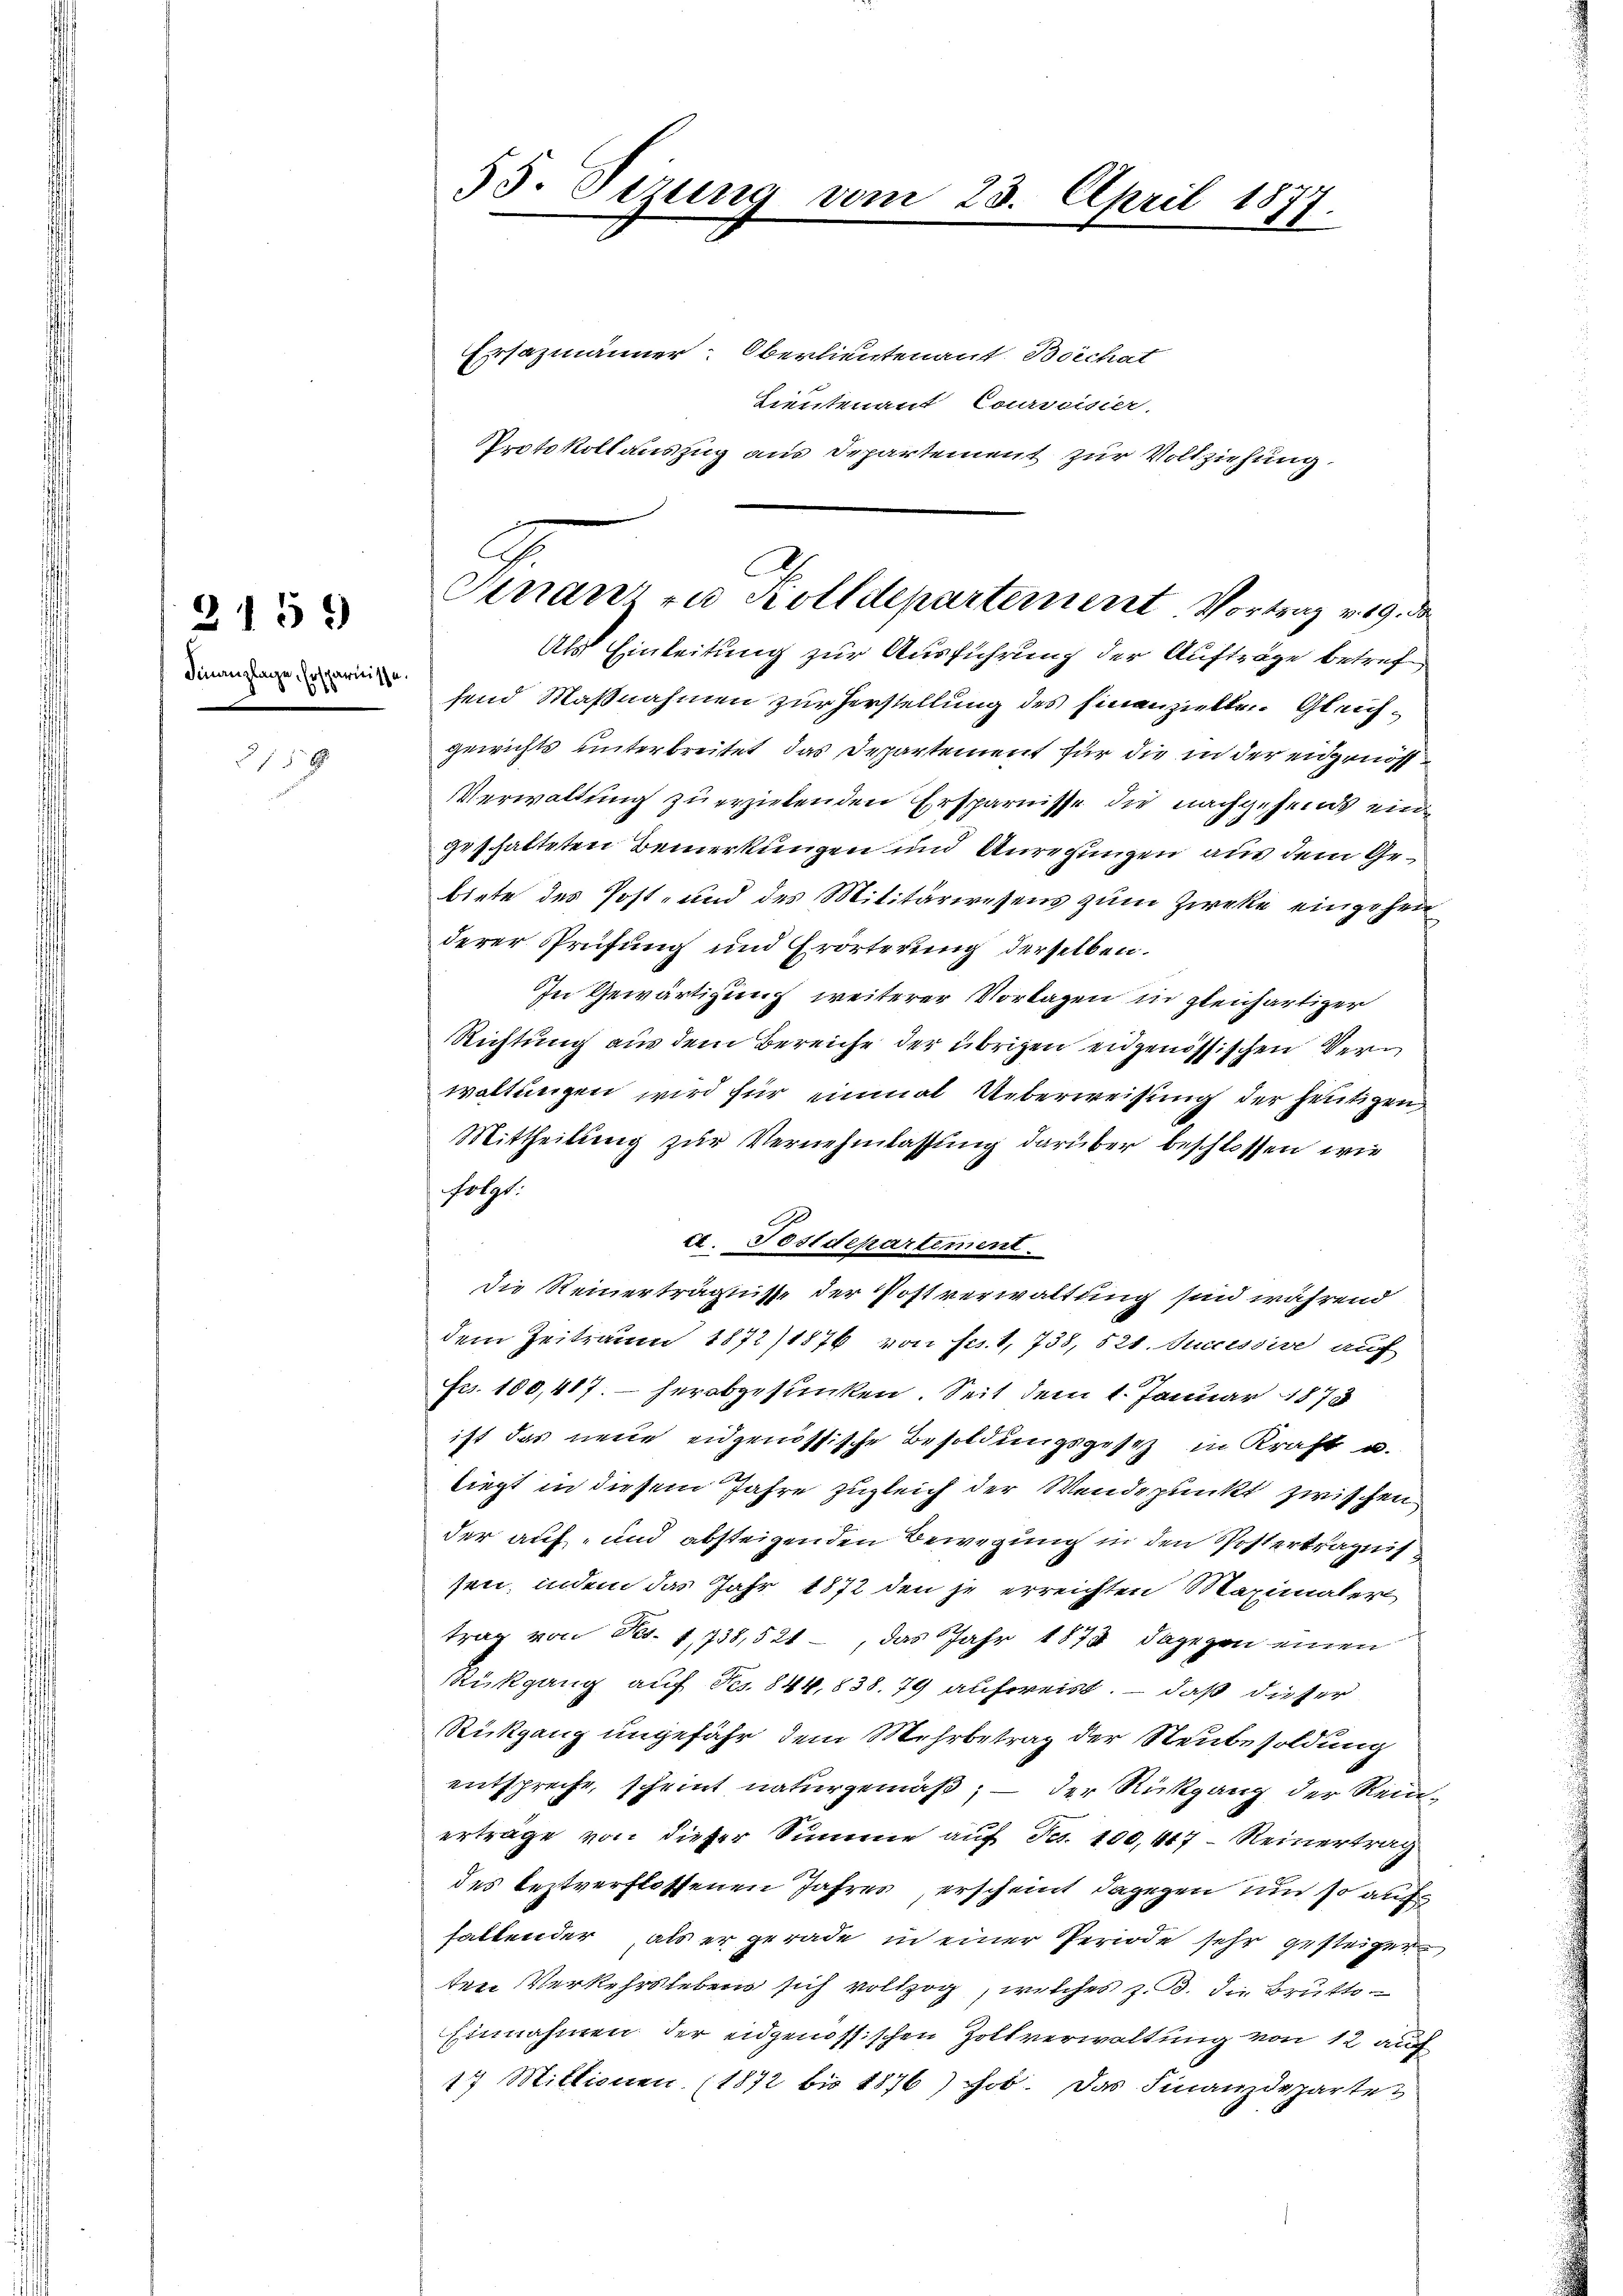
Finanzlage, Ersparnisse.

2139

5 f 5 x

55. Sirung vom 23. April 1877
e
Ersazmänner Oberlieutenant Boichat
Lieutenant Courweiser.

Finanz zu Zolldepartement Vortrag v. 19. de
Als Einleitung zur Ausführung der Aufträge betref

Protokollauszug aus Departement zur Vollziehung

send Maßnahmen zur Herstellung des hinanzielle. Gleichgewichts unterbreitet das Departement für die in der eidgenös¬
Verwaltung zu erziehenden Ersparnisse die nachgeheint eingeschalteten Bemerkungen und Anregungen aus dem Gebiete des Post- und des Militärwesens zum Zieke eingehen
derer Prüfung und Erörterung derselben.
In Gewärtigung weiterer Vorlagen in gleichartiger
Richtung aus dem Bereiche der übrigen eidgenössischen Verm
waltungen wird für einmal Ueberweisung der heutigen
Mittheilung zur Vernehmlassung darüber beschlossen wir
folgt.
ct. Postdepartiment.
die Reinerträgnisse der Postverwaltung sind während
dem Zeitraum 1872/1876 von Frs. 1, 738, 521. Jucissive auf
Fr. 100,417. herabgesunken. Seit dem 1. Januar 1873
ist das neue eidgenössische Besoldungsgesetz in Kraft u.
liegt in diesem Jahre zugleich der Wendepunkt zwischen.
der auf- und absteigenden Bewegung in den Posterträgnis
sen, indem das Jahr 1872 den je erreichten Maximaler
trag von Nes. 1,738,521, das Jahr 1874 dagegen einen
Rükgang auf Nr. 844, 838. 79 aufweist, – daß dieser
Rückgang ungefähr dem Mehrbetrag der Neubesoldung
entspreche, scheint naturgemäß, — der Rückgang der Reinertrage von dieser Summe auf Fr. 100,447 - Reinertrag
des leztverflossenen Jahres, erscheint dagegen und so auf
haltender als er gerade in einer Periode sehr gesteiger
den Verkehrsleben sich vollzog, welches z. B. die Brutto
Einnahmen der eidgenössischen Zollverwaltung von 12 auf
17 Mittionen (1872 bis 1876) hob. Das Finanzdeparte